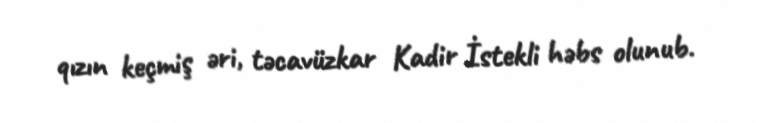
qızın keçmiş əri, təcavüzkar Kadir İstekli həbs olunub.